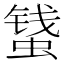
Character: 𱿾